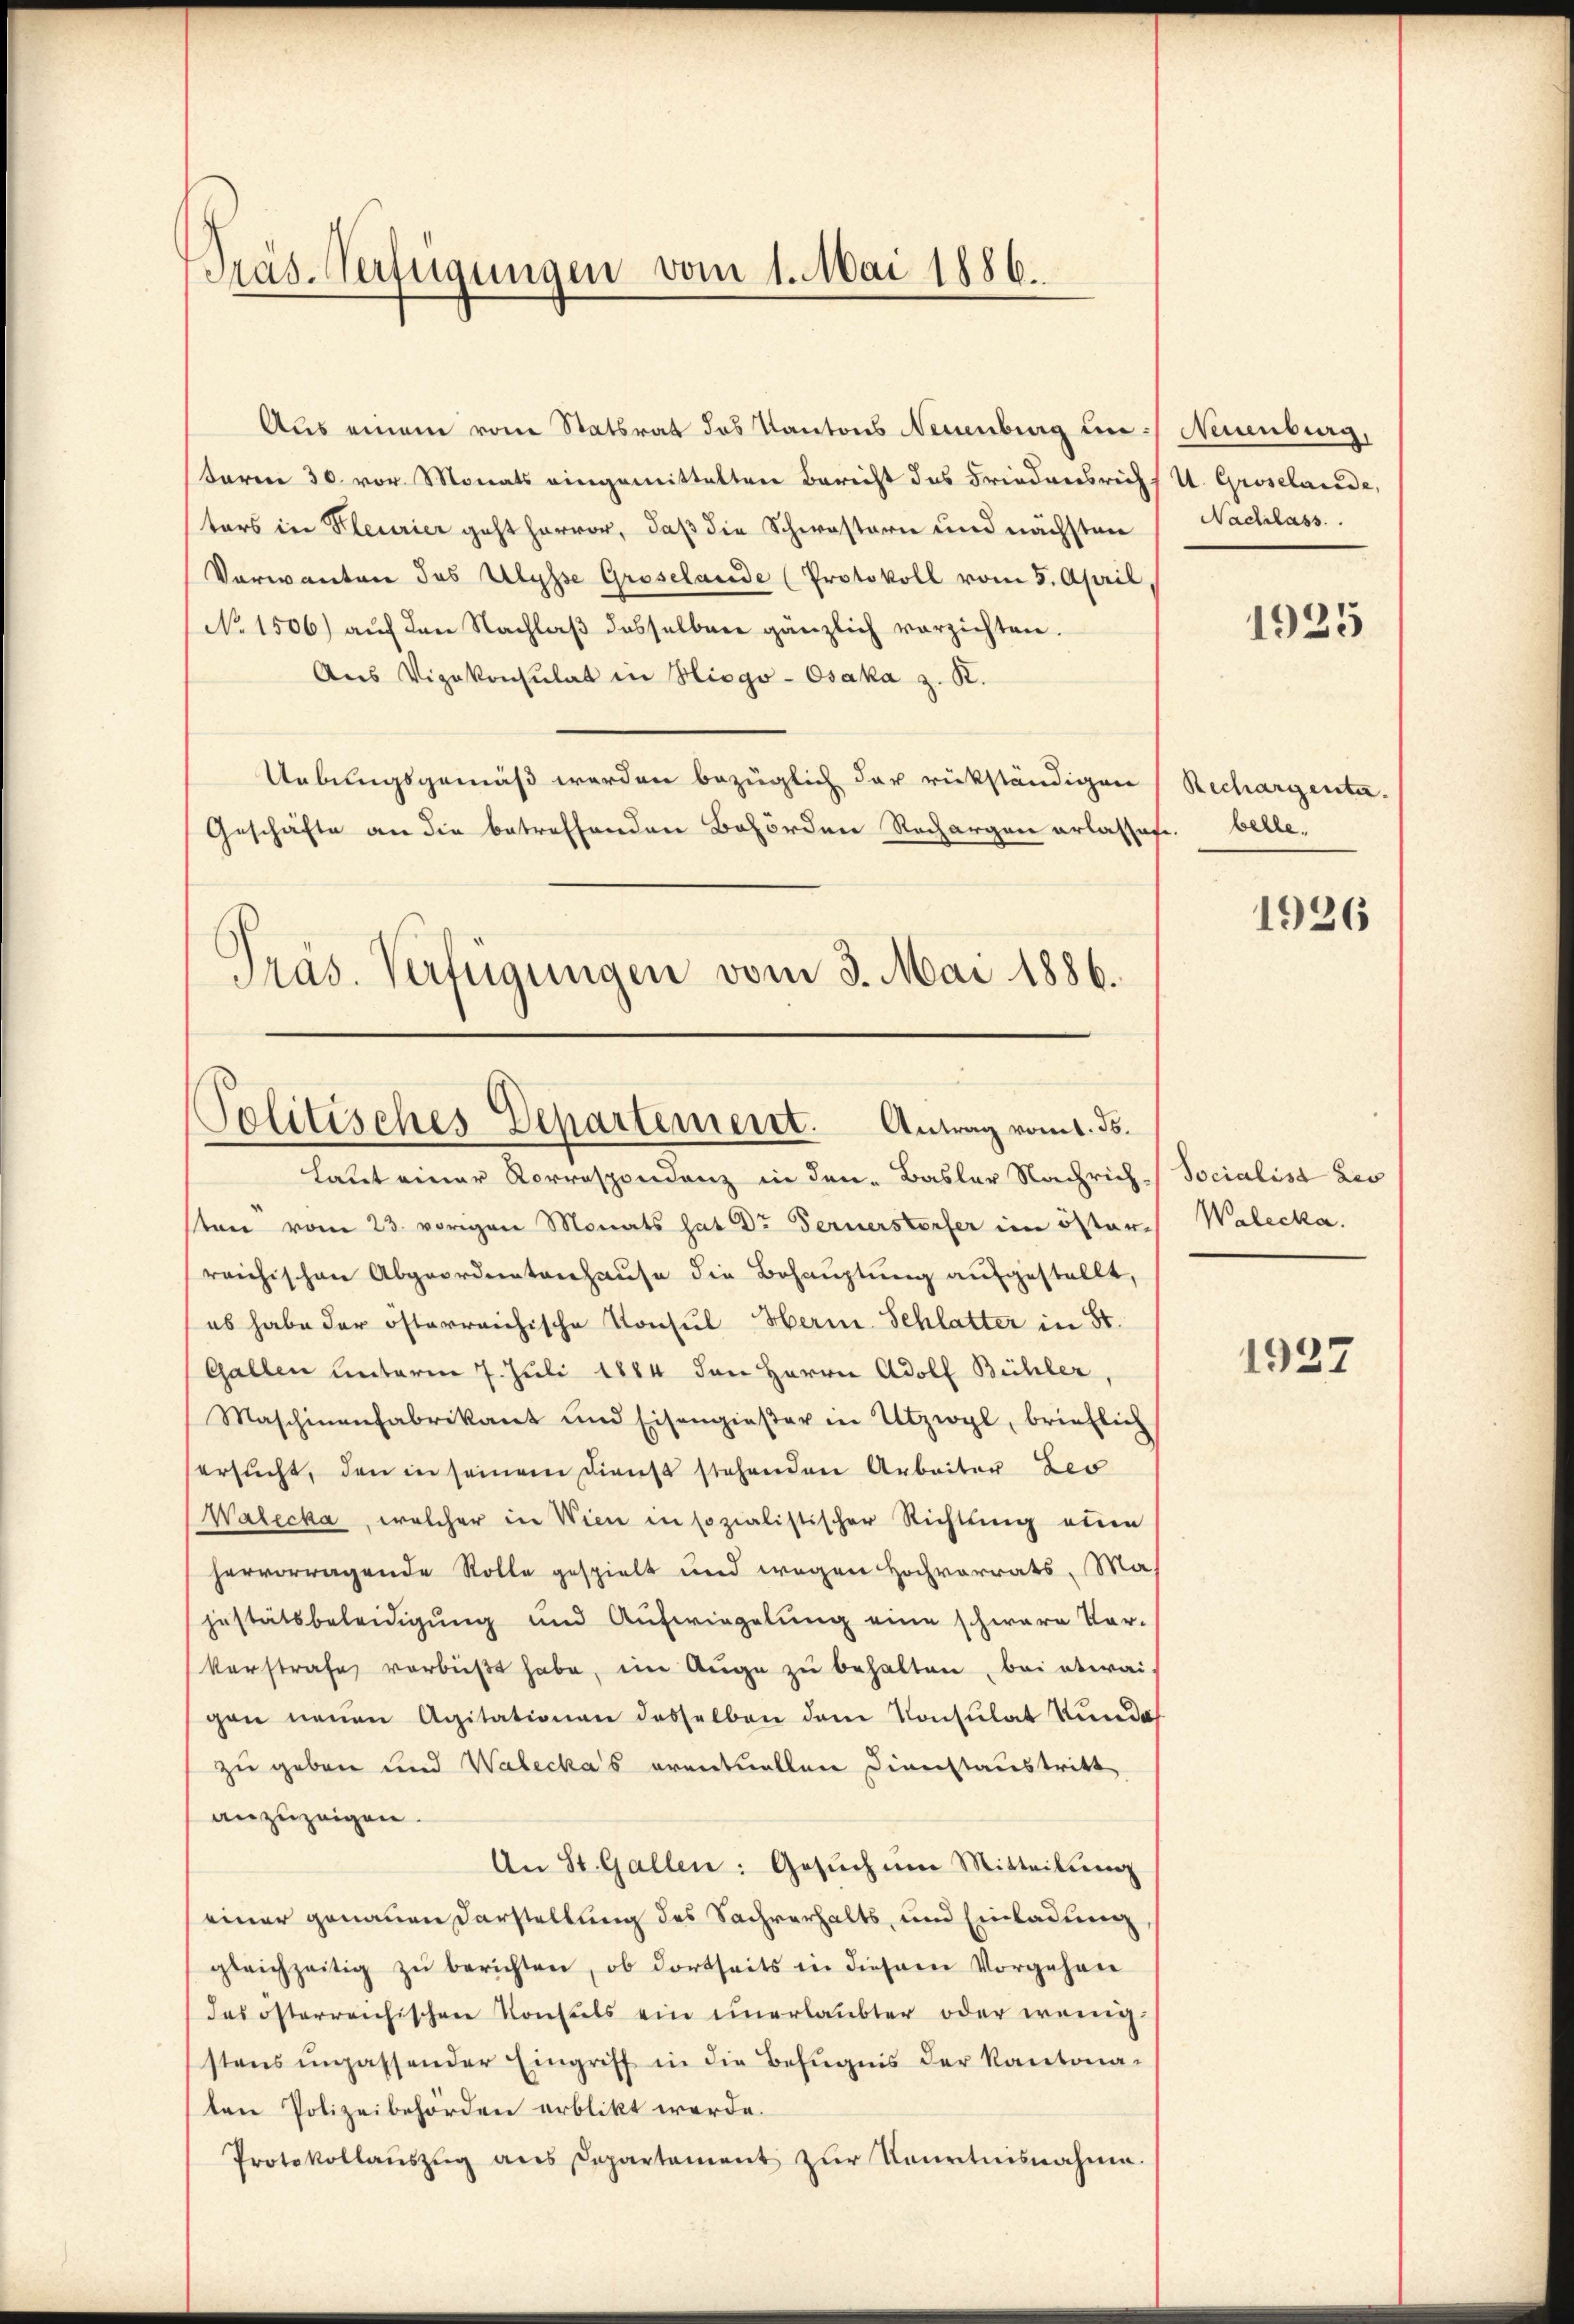
Präs-Verfügungen vom 1. Mai 1886.

Aus einem vom Statsrat des Kantons Neuenburg im Neuenburg,
toren 30. vor. Monats eingemittelten Bericht das Friedensrichs U. Groselande,
ters in Kleurier geht hervor, daß die Schwestern und nächsten Nachlass
Vorwanten des Ulysse Groselande (Protokoll vom 5. April
No 1506) aŭf den Nachlaβ desselben gänzlich vorzichten.
Aus Vizekonsulat in Hisgo-Osaka z. R.
Uebungsgemäß werden bezüglich der rükständigen (Rechargenta¬
Geschäfte an die betreffenden Behörden Rechargen erlasses. belle,
Präs. Verfügungen vom 3. Mai 1886.

Politisches Departement. Antrag vom 1. ds.

Latt einer Korrespondenz in den Basler Nachrich-Socialist Lis
ten vom 23. vorigen Monats hat Dr Fernerstorfer im öster-
reichischen Abgeordnetenhause die Behauptung aufgestellt,
eb habe der österreichische Konsul Herm. Schlatter in St.
Gallen unterm 7. Juli 1884 den Herrn Adolf Bühler,
Maschinenfabrikant und Eisengieser in Utzwyl, brieflich
ersucht, den in seinem Dienst stehenden Arbeiter Leo
Walecka, welcher in Wien in sozialistischer Richtung eben
hervorragende Rolle gespielt und wegen Hochvorrats, Mas
jestätsbeleidigung und Aŭfwiegelŭng eine schwere Vor-
kerstrafe verbüßt habe, im Auge zŭ behalten, bei etwai
gen neuen Agitationen desselben dem Konsulat kunde
zu geben und Waleckas eventuellen Dienstaustritt
anzuzeigen.
An St. Gallen: Gesŭch ŭm Mitteilŭng
einer genauen Darstellung des Sachverhalts, und Einladung
gleichzeitig zŭ berichten, ob dortseits in diesem Vorgehen
das österreichischen Konsuls ein unerlaubter oder wenig
stens unpassender Eingriff in die Befugnis der Kantonaten Polizeibehörden erblickt werde.
Protokollaŭszŭg ans Departament zŭr Kenntnisnahme.

1925

1926

Walecka.

1927